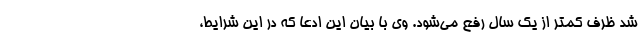
شد ظرف کمتر از یک سال رفع می‌شود. وی با بیان این ادعا که در این شرایط،